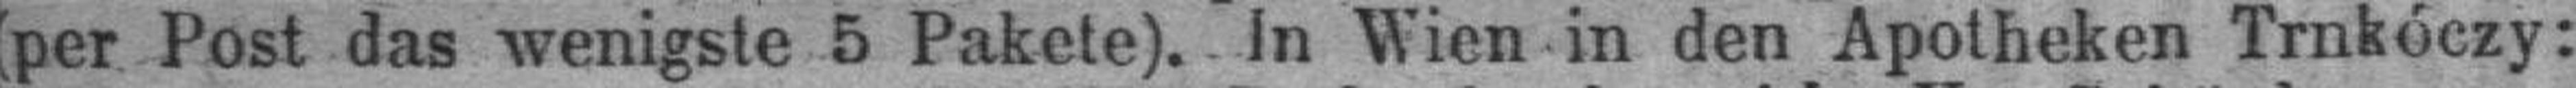
(per Post das wenigste 5 Pakete). In Wien in den Apotheke Trnkóczy;